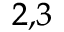
^ { 2 , 3 }